Report on sanitation, dispensaries, and jails in Rajputana for 1916, and on vaccination for the year 1916-1917 - 1916-1917
Year: 1916
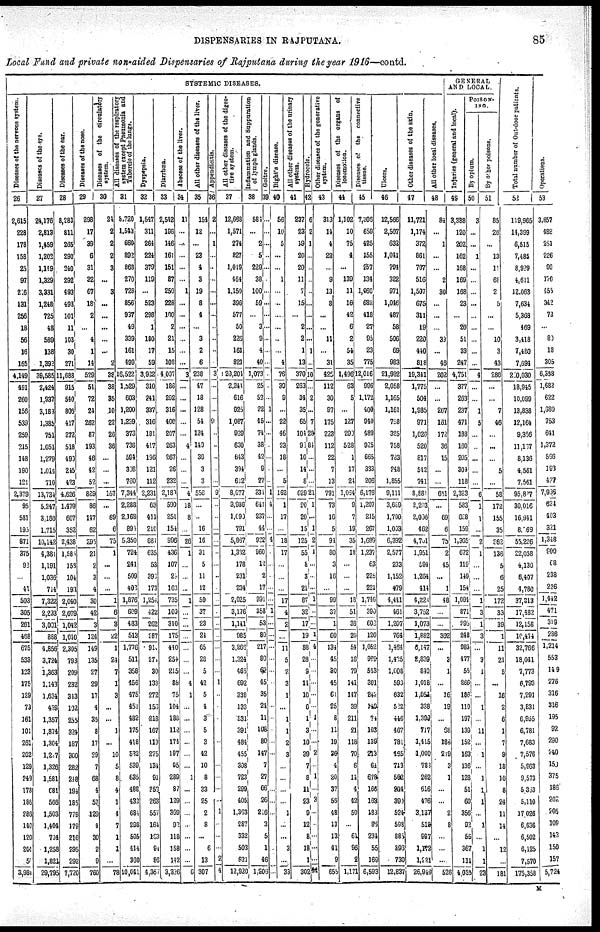
DISPENSARIES IN RAJPUTANA.
85
Local Fund and private non-aided Dispensaries of Rajputana during the year 1916—contd.
SYSTEMIC DISEASES.
Diseases of the nervous system.
26
2,615
228
178
158
25
97
226
131
256
18
56
16
165
4,149
491
260
156
539
259
215
148
190
121
2,379
95
581
195
871
375
92
...
41
503
305
261
468
675
533
123
175
129
73
161
101
261
202
129
249
178
186
286
140
120
203
52
3,983
Diseases of the eye.
27
24,176
2,813
1,459
1,202
1,149
1,329
3,331
1,248
725
48
589
138
1,392
39,585
2,424
1,937
3,183
1,385
751
1.051
1,279
1,014
710
13,734
5,247
3,180
1,715
10,142
4,381
1,191
1,036
714
7,322
2,233
3,001
888
4,856
3,724
1,363
1,143
1,634
439
1,357
1,874
1,364
1,227
1,326
1,581
681
566
1,503
1,404
734
1,258
1,821
29,795
Diseases of the ear.
28
8,283
811
265
290
240
292
493
493
101
11
103
30
271
11,688
915
540
806
417
272
518
490
215
423
4,626
1,479
607
352
2,438
1,585
158
104
193
2,040
2,079
1,042
1,010
2,305
793
209
232
343
102
255
324
187
300
282
248
191
185
779
179
216
295
292
7,720
Diseases of the nose.
29
298
17
39
6
31
32
67
18
2
...
4
1
14
529
51
72
24
262
87
193
46
42
52
829
86
147
62
295
21
2
3
4
30
42
3
124
149
135
27
29
17
4
35
8
17
29
7
68
4
57
129
4
30
2
9
760
Diseases
of
circulatory
system.
30
24
2
2
2
3
...
3
...
...
...
...
...
2
38
38
35
10
22
26
36
...
...
...
167
...
69
6
75
1
...
...
...
1
6
3
22
1
24
7
1
3
...
...
1
...
10
5
8
4
1
4
7
1
]
...
78
All diseases of the respiratory
system except Pneumonia and
Tubercle of the lungs.
31
8,720
1,543
660
892
868
270
728
856
937
49
339
161
499
16,522
1,529
603
1,200
1,239
373
738
594
308
760
7,344
2,288
2,168
894
5,350
724
241
509
402
1,876
609
483
513
1,776
511
358
456
475
453
482
175
418
532
539
635
488
432
684
298
505
414
360
10,041
Dyspepsia.
32
1,547
311
264
224
379
119
...
523
298
1
180
17
59
3,922
310
241
337
316
181
417
196
121
112
2,231
63
411
210
684
635
53
398
173
1,254
422
262
287
913
274
30
133
272
156
218
167
113
275
134
91
253
263
557
164
163
94
86
4,357
Diarrhœa.
33
2,542
196
146
161
151
87
259
228
100
2
21
15
108
4,007
186
282
316
400
207
263
267
26
232
2,183
590
251
154
996
436
107
29
163
735
109
310
175
440
254
215
88
75
104
188
112
174
197
95
289
87
129
369
92
118
158
142
3,326
Abscess
of
the
liver.
34
11
...
...
...
...
...
1
...
...
...
...
...
...
3
...
...
...
...
...
4
...
...
...
4
18
8
...
26
1
...
...
...
1
...
...
...
...
...
...
4
1
...
...
...
...
...
...
1
...
...
...
...
...
...
... 6
All other diseases of the liver.
35
154
12
...
23
4
3
19
8
4
...
3
2
6
238
47
18
128
54
124
149
39
3
3
556
...
...
16
16
31
5
11
12
59
37
23
24
65
28
5
42
5
4
3
5
3
42
10
8
33
25
2
8
...
6
13
307
Appendicitis.
36
2
...
1
...
...
...
...
...
...
...
...
...
...
3
...
...
...
9
...
...
...
...
...
9
...
...
...
...
...
...
...
...
...
...
...
...
...
...
...
1
...
...
...
...
...
...
...
...
...
...
1
...
...
...
2
4
All other diseases of the diges-
tive system.
37
12,668
1,571
274
827
1,019
464
1,150
396
577
50
226
161
821
20,204
2,241
616
925
1,087
929
630
643
394
612
8,677
3,936
1,090
791
5,857
1,392
178
231
234
2,025
3,176
1,141
985
3,266
1,324
465
692
38
13
531
391
484
455
308
723
299
405
1,363
287
332
503
621
12,920
Inflammation and Suppuration
of lymph glands.
38
584
...
2
5
229
38
100
59
...
3
9
4
40
1,073
25
52
22
45
74
38
42
9
27
334
641
237
44
922
960
12
2
17
991
358
53
80
217
80
62
45
35
24
11
108
80
147
7
27
66
26
216
3
5
1
46
1,206
Goitre.
39
...
...
...
...
...
...
...
...
...
...
...
...
...
...
...
...
1
...
...
...
...
...
...
1
4
...
4
...
...
...
...
...
1
...
...
...
...
...
...
...
...
...
...
...
...
...
...
...
...
...
...
...
...
...
...
Bight's disease.
40
56
10
5
...
...
1
...
...
...
...
...
...
4
76
39
9
...
22
46
23
18
...
5
162
1
17
... 18
17
...
...
...
17
4
...
...
11
...
2
3
1
...
1
1
2
3
...
...
...
...
1
...
...
3
... 33
All other diseases of the urinary
system.
41
237
23
19
20
20
11
7
15
...
2
2
1
13
370
263
34
35
65
104
93
10
14
8
629
90
20
15
125
55
8
3
21
87
32
17
19
88
28
9
11
10
6
1
3
10
39
7
3
11
23
9
12
8
18
1
302
Hydrocele.
42
6
2
1
...
...
...
...
...
...
...
...
1
...
10
...
2
...
7
28
81
...
...
...
21
1
...
1
2
1
...
...
... 1
...
...
1
4
...
...
...
...
...
1
...
...
2
...
1
...
3
...
...
...
...
... 44
Other diseases of generative
system.
43
313
14
4
22
...
9
13
8
...
...
11
...
31
425
112
30
97
175
228
112
22
7
13
791
73
16
5
94
80
3
16
...
99
37
1
60
134
45
30
45
64
25
8
11
19
36
4
20
37
56
48
13
13
41
9 655
Diseases of the organs of
locomotion.
44
1,102
10
75
4
...
139
11
16
42
6
2
54
35
1,496
63
5
...
127
290
528
1
17
24
1,054
9
7
19
35
18
...
...
...
18
51
36
20
54
16
79
141
147
39
211
21
118
70
6
14
4
42
50
...
64
96
2
1,171
Diseases of the connective
tissue.
45
7,306
659
425
155
257
134
1,060
682
418
27
95
23
775
12,016
996
1,172
400
940
489
925
665
383
206
6,176
1,207
215
267
1,689
1,237
63
225
221
1,746
390
602
120
1,052
979
543
301
242
149
74
103
139
213
64
678
166
163
188
88
234
55
169
6,593
Ulcers.
46
12,566
2,507
632
1,041
794
322
971
1,046
487
58
506
69
983
21,932
2,058
1,165
1,161
758
325
758
783
248
1,855
9,111
3,689
1,700
1,003
6,392
2,577
233
1,152
479
4,411
461
1,207
764
1,464
1,425
1,008
593
632
522
446
467
781
465
713
562
264
390
524
598
885
393
730
12,837
Other diseases of the skin.
47
11,721
1,174
372
861
707
516
1,507
675
311
19
220
410
818
19,341
1,775
504
1,985
971
1,026
520
817
542
741
8,884
2,203
2,006
462
4,781
1,951
594
1,264
414
4,226
3,752
1,073
1,882
6,147
2,839
840
1,018
1,054
338
1,399
717
1,415
1,000
738
262
616
476
3,137
519
997
1,172
1,221
26,949
All other local diseases.
48
84
...
1
...
...
2
30
...
...
...
39
...
46
202
...
...
267
161
172
36
15
...
...
651
...
69
6
75
2
45
...
1
48
...
...
362
...
3
1
...
16
19
...
68
186
219
3
1
...
...
2
8
...
...
...
526
GENERAL
AND LOCAL.
Injuries (general and local).
49
3,388
120
202
162
168
169
168
23
...
20
51
33
247
4,751
377
263
237
471
188
160
205
301
118
2,323
583
628
159
1,365
672
119
149
154
1,094
871
295
248
983
477
55
266
186
110
197
139
152
163
136
128
51
60
356
92
56
367
111
4,035
POISON¬
ING.
By
opium.
50
3
...
...
1
...
...
...
...
...
...
...
...
...
4
...
...
1
5
...
...
...
...
...
6
1
1
...
2
1
...
...
...
1
3
1
3
...
3
1
...
...
1
...
11
...
1
...
1
1
1
...
1
...
1
1
23
By Other poisons.
51
85
26
...
13
11
68
2
5
...
...
10
3
43
286
...
...
7
46
...
...
...
5
...
58
172
155
35
362
136
5
6
25
172
33
39
1
11
21
5
...
16
2
6
1
7
9
18
16
8
24
11
14
...
12
...
181
Total number of Out-door patients.
52
119,965
14,399
6,515
7,485
8,929
4,611
12,063
7,634
5,368
469
3,418
7,480
7,694
230,030
13,945
10,099
13,838
12,164
9,356
11,167
8,136
4,561
7,561
95,827
30,016
16,941
8,069
55,226
22,058
4,130
6,407
4,780
37,313
17,482
12,158
10,474
32,766
18,041
7,773
6,793
7,291
3,831
6,955
6,781
7,683
7,576
5,963
9,573
5,363
5,110
17,026
6,636
6,502
6,125
7,570
175,358
Operations.
53
3,857
482
251
226
98
170
455
342
73
...
83
18
305
6,358
1,682
622
1,680
753
641
1,372
566
193
427
7,936
624
403
321
1,348
900
68
238
236
1,442
471
319
286
1,214
553
149
276
316
316
195
92
290
240
150
375
186
202
205
109
143
159
157
5,724
M